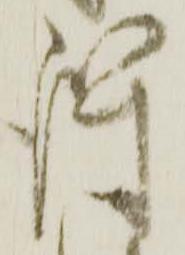
得